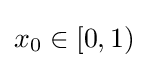
x_{0}\in [0,1)